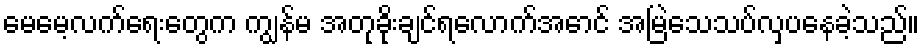
မေမေ့လက်ရေးတွေက ကျွန်မ အတုခိုးချင်ရလောက်အောင် အမြဲသေသပ်လှပနေခဲ့သည်။